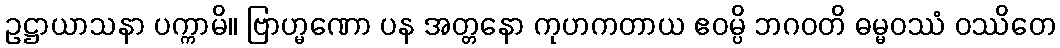
ဥဋ္ဌာယာသနာ ပက္ကာမိ။ ဗြာဟ္မဏော ပန အတ္တနော ကုဟကတာယ ဧဝမ္ပိ ဘဂဝတိ ဓမ္မဝဿံ ဝဿိတေ